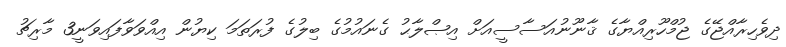
ދިވެހިރާއްޖޭގެ ޖުމްހޫރިއްޔާގެ ޤާނޫނުއަސާސީއަށް އިޞްލާޙު ގެނައުމުގެ ބިލުގެ ފުރަތަމަ ކިޔުން އިއްވަވާފައިވަނީ3 މާރިޗު